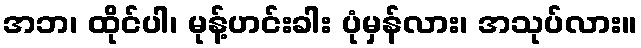
အဘ၊ ထိုင်ပါ၊ မုန့်ဟင်းခါး ပုံမှန်လား၊ အသုပ်လား။